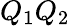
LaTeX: Q_{1}Q_{2}